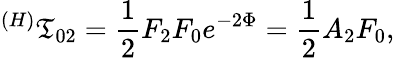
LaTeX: ^{(H)}\mathfrak{T}_{02}=\frac{1}{2}F_{2}F_{0}e^{-2\Phi}=\frac{1}{2}A_{2}F_{0},